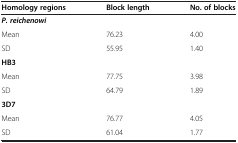
| Homology regions | Block length | No. of blocks |
 | --- | --- | --- |
 | P. reichenowi |  |  |
 | Mean | 76.23 | 4.00 |
 | SD | 55.95 | 1.40 |
 | HB3 |  |  |
 | Mean | 77.75 | 3.98 |
 | SD | 64.79 | 1.89 |
 | 3D7 |  |  |
 | Mean | 76.77 | 4.05 |
 | SD | 61.04 | 1.77 |